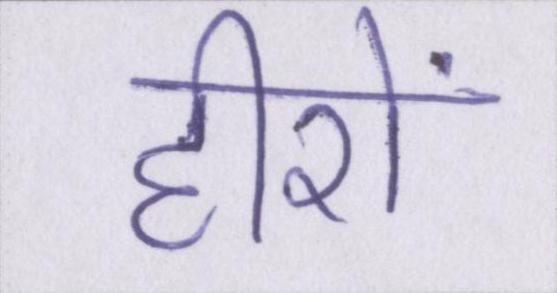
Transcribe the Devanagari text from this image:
हीरों